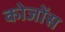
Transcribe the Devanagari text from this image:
कोजोंस